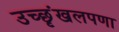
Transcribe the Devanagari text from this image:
उच्छृंखलपणा